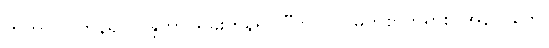
ကတွာ၊ ပြုကုန်၍။ ဝန္ဒိတွာ၊ ရှိခိုးကုန်၍။ “ဘဂဝါ၊ မြတ်စွာဘုရား။ အနာဂတေ၊